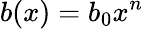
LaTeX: b(x)=b_{0}x^{n}